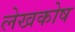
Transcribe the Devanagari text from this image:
लेखकोष